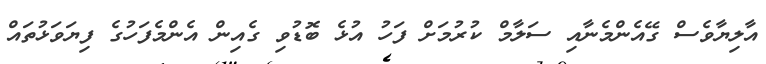
އާލިޔާވެސް ގޭއެންމެނާއި ސަލާމް ކުރުމަށް ފަހު އުޅެ ބޮޑުވި ގެއިން އެންމެފަހުގެ ފިޔަވަޅުތައް